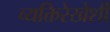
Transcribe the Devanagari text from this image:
व्यक्तिरेखेशी